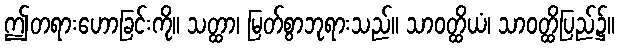
ဤတရားဟောခြင်းကို။ သတ္ထာ၊ မြတ်စွာဘုရားသည်။ သာဝတ္ထိယံ၊ သာဝတ္ထိပြည်၌။